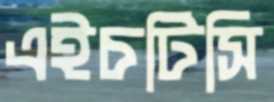
এইচটিসি